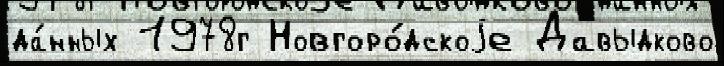
да́нных 1978г Новгоро́дскоjе Давыдково